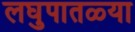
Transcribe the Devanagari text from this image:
लघुपातळ्या